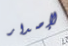
لإصدار